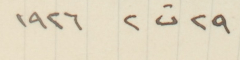
٢٩ ت٢ ١٩٢٦